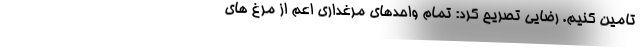
تامین کنیم. رضایی تصریح کرد: تمام واحدهای مرغداری اعم از مرغ های